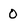
Character: 0